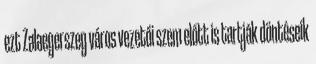
ezt Zalaegerszeg város vezetői szem előtt is tartják döntéseik